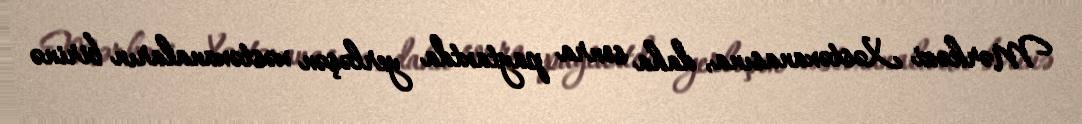
Mərkəzi Xəstəxanasına, daha sonra paytaxtda yerləşən xəstəxanaların birinə